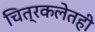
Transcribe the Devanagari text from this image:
चित्रकलेतही